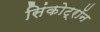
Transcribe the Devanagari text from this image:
सिंकोट्रॉन